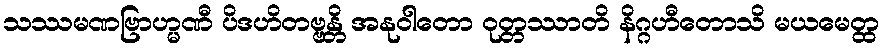
သဿမဏဗြာဟ္မဏီ ပိဒဟိတဗ္ဗန္တိ အနုဝါတော ဝုတ္တဿာတိ နိဂ္ဂဟီတောသိ မယမေတ္ထ